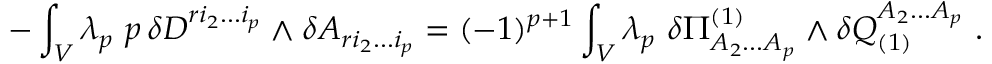
- \int _ { V } \lambda _ { p } \ p \, \delta D ^ { r i _ { 2 } . . . i _ { p } } \wedge \delta A _ { r i _ { 2 } . . . i _ { p } } = ( - 1 ) ^ { p + 1 } \int _ { V } \lambda _ { p } \ \delta \Pi _ { A _ { 2 } . . . A _ { p } } ^ { ( 1 ) } \wedge \delta Q _ { ( 1 ) } ^ { A _ { 2 } . . . A _ { p } } \ .